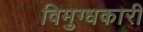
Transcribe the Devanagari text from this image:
विमुग्धकारी